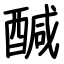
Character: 醎